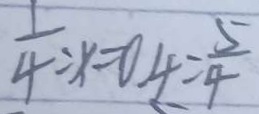
\frac { 1 } { 4 } : x = 0 . 4 = \frac { 5 } { 4 }